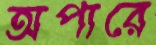
অপারে